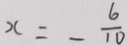
x = - \frac { 6 } { 1 0 }